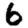
Digit: 6